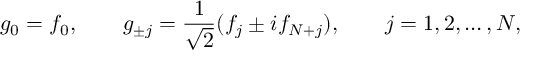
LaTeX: g _ { 0 } = f _ { 0 } , \qquad g _ { \pm j } = \frac { 1 } { \sqrt { 2 } } ( f _ { j } \pm i f _ { N + j } ) , \qquad j = 1 , 2 , \ldots , N ,